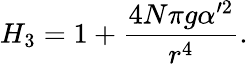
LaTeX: H_{3}=1+{\frac{4N\pi g\alpha^{\prime 2}}{r^{4}}}.